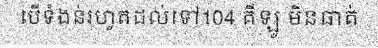
បើទំងន់រហូតដល់ទៅ104 គីឡូ មិនធាត់